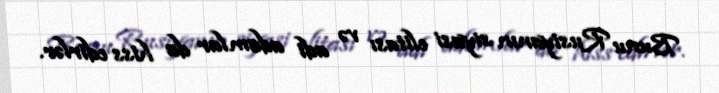
Bunu Rusiyanın siyasi elitası və adi adamlar da hiss edirlər.